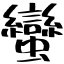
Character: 蠻